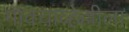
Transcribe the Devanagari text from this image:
माक्याव्हेल्लीला